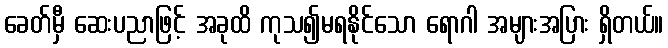
ခေတ်မှီ ဆေးပညာဖြင့် အခုထိ ကုသ၍မရနိုင်သော ရောဂါ အများအပြား ရှိတယ်။